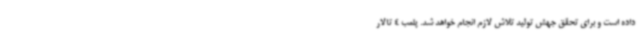
داده است و برای تحقق جهش تولید تلاش لازم انجام خواهد شد. پلمب 4 تالار